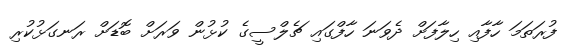
ފުރަތަމަ ހާފާއި ހިލާފަށް ދެވަނަ ހާފްގައި ޗެލްސީގެ ކުޅުން ވަރަށް ބޮޑަށް ރަނގަޅުކުރި